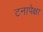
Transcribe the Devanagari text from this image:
टनापेक्षा